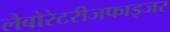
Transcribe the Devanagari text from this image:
लैबोरेटरीजफाइजर